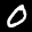
Label: 0